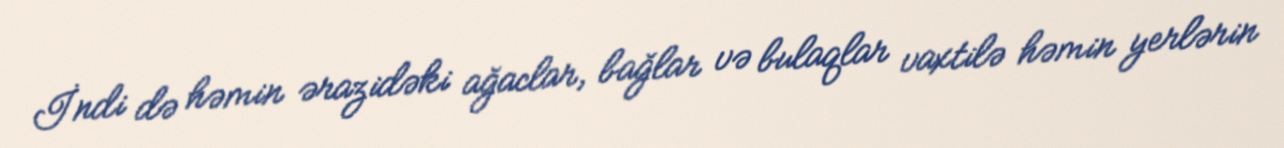
İndi də həmin ərazidəki ağaclar, bağlar və bulaqlar vaxtilə həmin yerlərin